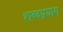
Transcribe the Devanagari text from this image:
शब्दप्रयॊग